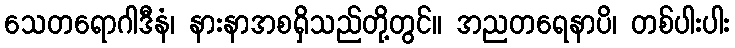
သေတရောဂါဒီနံ၊ နားနာအစရှိသည်တို့တွင်။ အညတရေနာပိ၊ တစ်ပါးပါး